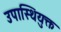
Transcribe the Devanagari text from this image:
उपास्थियुक्त